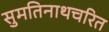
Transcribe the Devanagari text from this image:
सुमतिनाथचरित